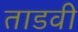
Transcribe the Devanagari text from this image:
ताडवी